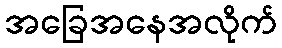
အခြေအနေအလိုက်